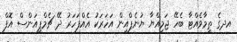
އދގެ ތިމާވެއްޓާ ބެހޭ ޖަމިއްޔާ ޔުނެޕްއިން އަހަރަކު އެއްފަހަރު ދޭ ޗެމްޕިއަންސް އޮފް